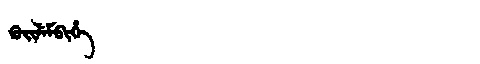
Manchu: ᡴᡠᡳᠯᡝᠮᠪᡳᡥᡝ
Romanization: KUILEMBIHE